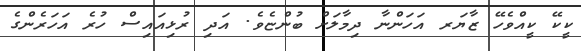
ކީކޭ ކީއްވެހޭ ޒާޔަރ އަހަންނާ ދިމާލަށް ބުންޏެވެ. އަދި ރުޅިއައިސް ހުރެ އަހަރެންގެ